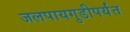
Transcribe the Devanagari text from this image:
जलपायगुडीपर्यंत